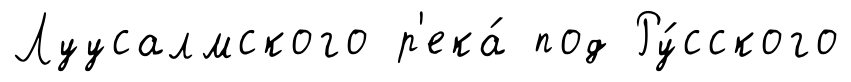
Луусалмского р'ека́ под Ру́сского